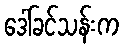
ဒေါ်ခင်သန်းက